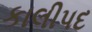
કાલીપદ